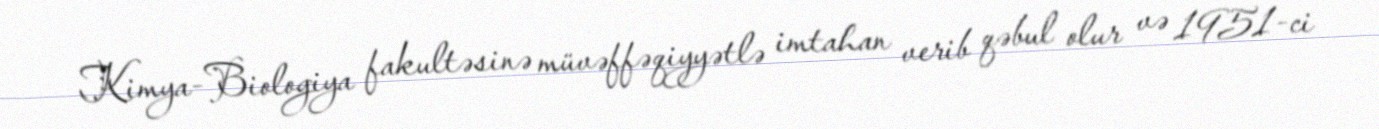
Kimya-Biologiya fakultəsinə müvəffəqiyyətlə imtahan verib qəbul olur və 1951-ci